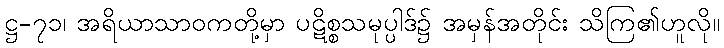
ဋ္ဌ-၇၁၊ အရိယာသာဝကတို့မှာ ပဋိစ္စသမုပ္ပါဒ်၌ အမှန်အတိုင်း သိကြ၏ဟူလို။